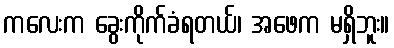
ကလေးက ခွေးကိုက်ခံရတယ်၊ အဖေက မရှိဘူး။